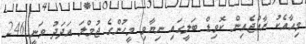
މިއާއެކު ރާއްޖެއިން ކޮވިޑް ބަލީގައި ނިޔާވި މީހުންގެ ޖުމްލަ އަދަދު ވަނީ 246